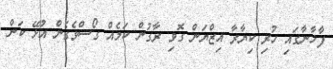
ފާޚާނާގައި ހުރި ކިޔާރާ އިޒްޔަން ގޮވި ރާގުން ކަމެއް ގޯސްވެގެން އުޅޭ ކަން